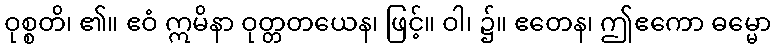
ဝုစ္စတိ၊ ၏။ ဧဝံ ဣမိနာ ဝုတ္တတယေန၊ ဖြင့်။ ဝါ၊ ၌။ ဧတေန၊ ဤဧကော ဓမ္မော